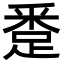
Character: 𨁢